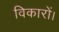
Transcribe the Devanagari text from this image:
विकारों।